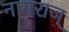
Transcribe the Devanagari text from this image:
नागराज्